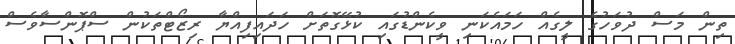
ތިން މަސް ދުވަހުގެ ލީގެއް ހަމައެކަނި ވީކެންޑުގައި ކުޅޭގޮތަށް ހަދައިފިއްޔާ ރިޒޯޓްތަކުން ސްޕޮންސާވެސް